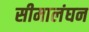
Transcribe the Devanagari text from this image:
सीमालंघन